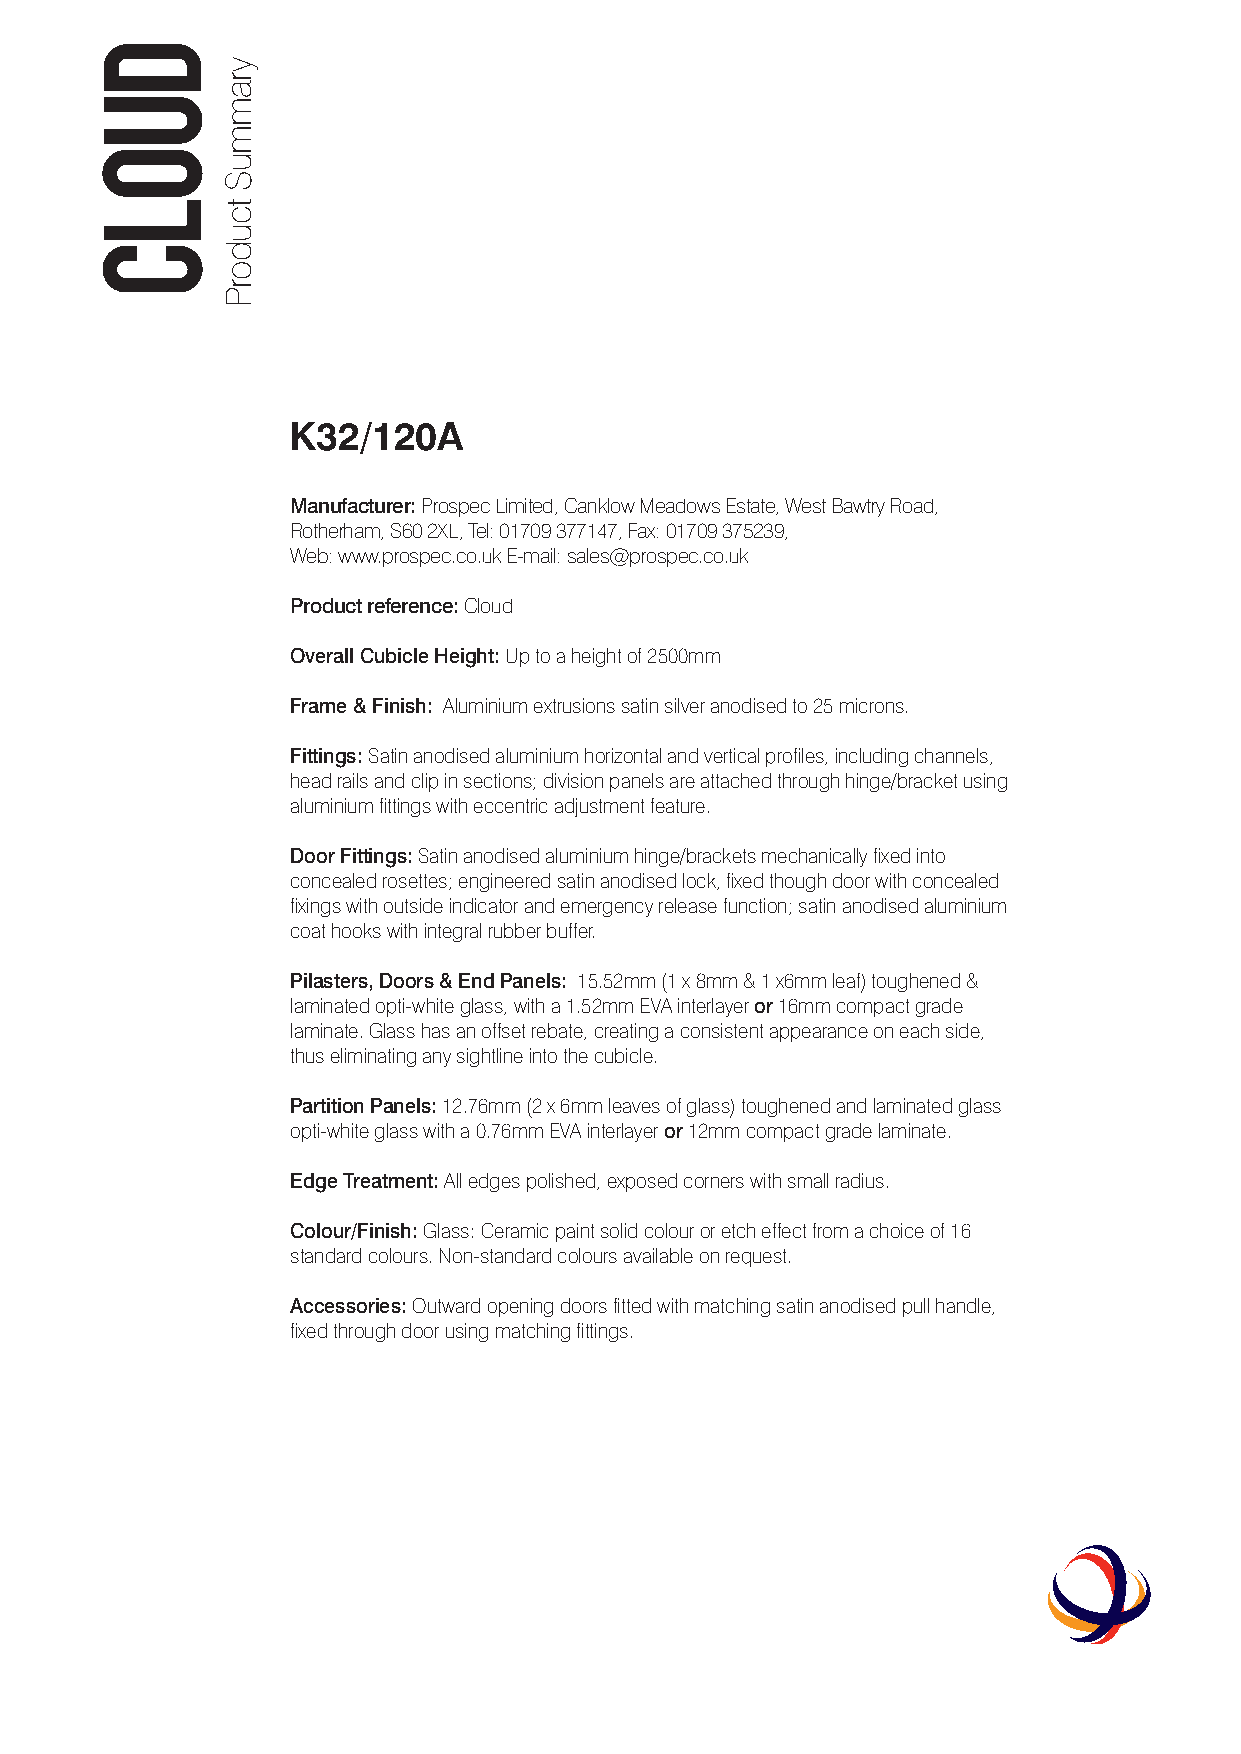
K32/120A
 Manufacturer:Prospec Limited, Canklow Meadows Estate, West Bawtry Road,
 Rotherham, S60 2XL, Tel: 01709 377147, Fax: 01709 375239,
 Web: www.prospec.co.uk E-mail: sales@prospec.co.uk
 Product reference: Cloud
 Overall Cubicle Height: Up to a height of 2500mm
 Frame & Finish: Aluminium extrusions satin silver anodised to 25 microns.
 Fittings: Satin anodised aluminium horizontal and vertical profiles, including channels,
 head rails and clip in sections; division panels are attached through hinge/bracket using
 aluminium fittings with eccentric adjustment feature.
 Door Fittings:Satin anodised aluminium hinge/brackets mechanically fixed into
 concealed rosettes; engineered satin anodised lock, fixed though door with concealed
 fixings with outside indicator and emergency release function; satin anodised aluminium
 coat hooks with integral rubber buffer.
 Pilasters, Doors & End Panels: 15.52mm (1 x 8mm & 1 x6mm leaf) toughened &
 laminated opti-white glass, with a 1.52mm EVA interlayer or16mm compact grade
 laminate. Glass has an offset rebate, creating a consistent appearance on each side,
 thus eliminating any sightline into the cubicle.
 Partition Panels:12.76mm (2 x 6mm leaves of glass) toughened and laminated glass
 opti-white glass with a 0.76mm EVA interlayer or12mm compact grade laminate.
 Edge Treatment:All edges polished, exposed corners with small radius.
 Colour/Finish: Glass: Ceramic paint solid colour or etch effect from a choice of 16
 standard colours. Non-standard colours available on request.
 Accessories: Outward opening doors fitted with matching satin anodised pull handle,
 fixed through door using matching fittings.
 duolC
 yrammuS
 tcudorP